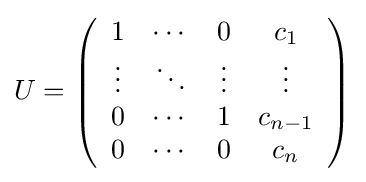
U=\left({\begin{array}{cccc}1&\cdots &0&c_{1}\\\vdots &\ddots &\vdots &\vdots \\0&\cdots &1&c_{n-1}\\0&\cdots &0&c_{n}\end{array}}\right)